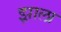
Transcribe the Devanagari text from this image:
झ़ाला